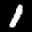
Digit: 1